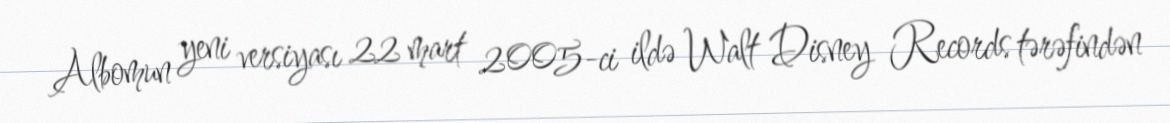
Albomun yeni versiyası 22 mart 2005-ci ildə Walt Disney Records tərəfindən